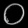
Digit: ၀